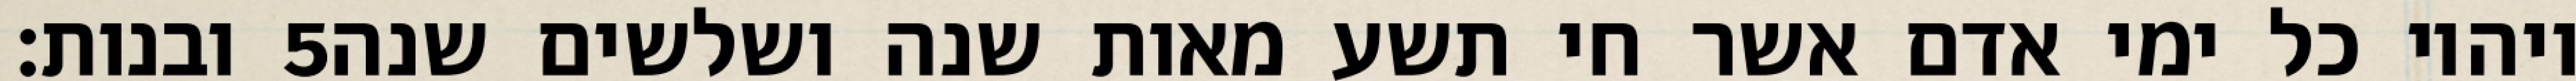
ובנות׃ ‎5‏ ויהיו כל ימי אדם אשר חי תשע מאות שנה ושלשים שנה